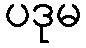
ပဒုမ